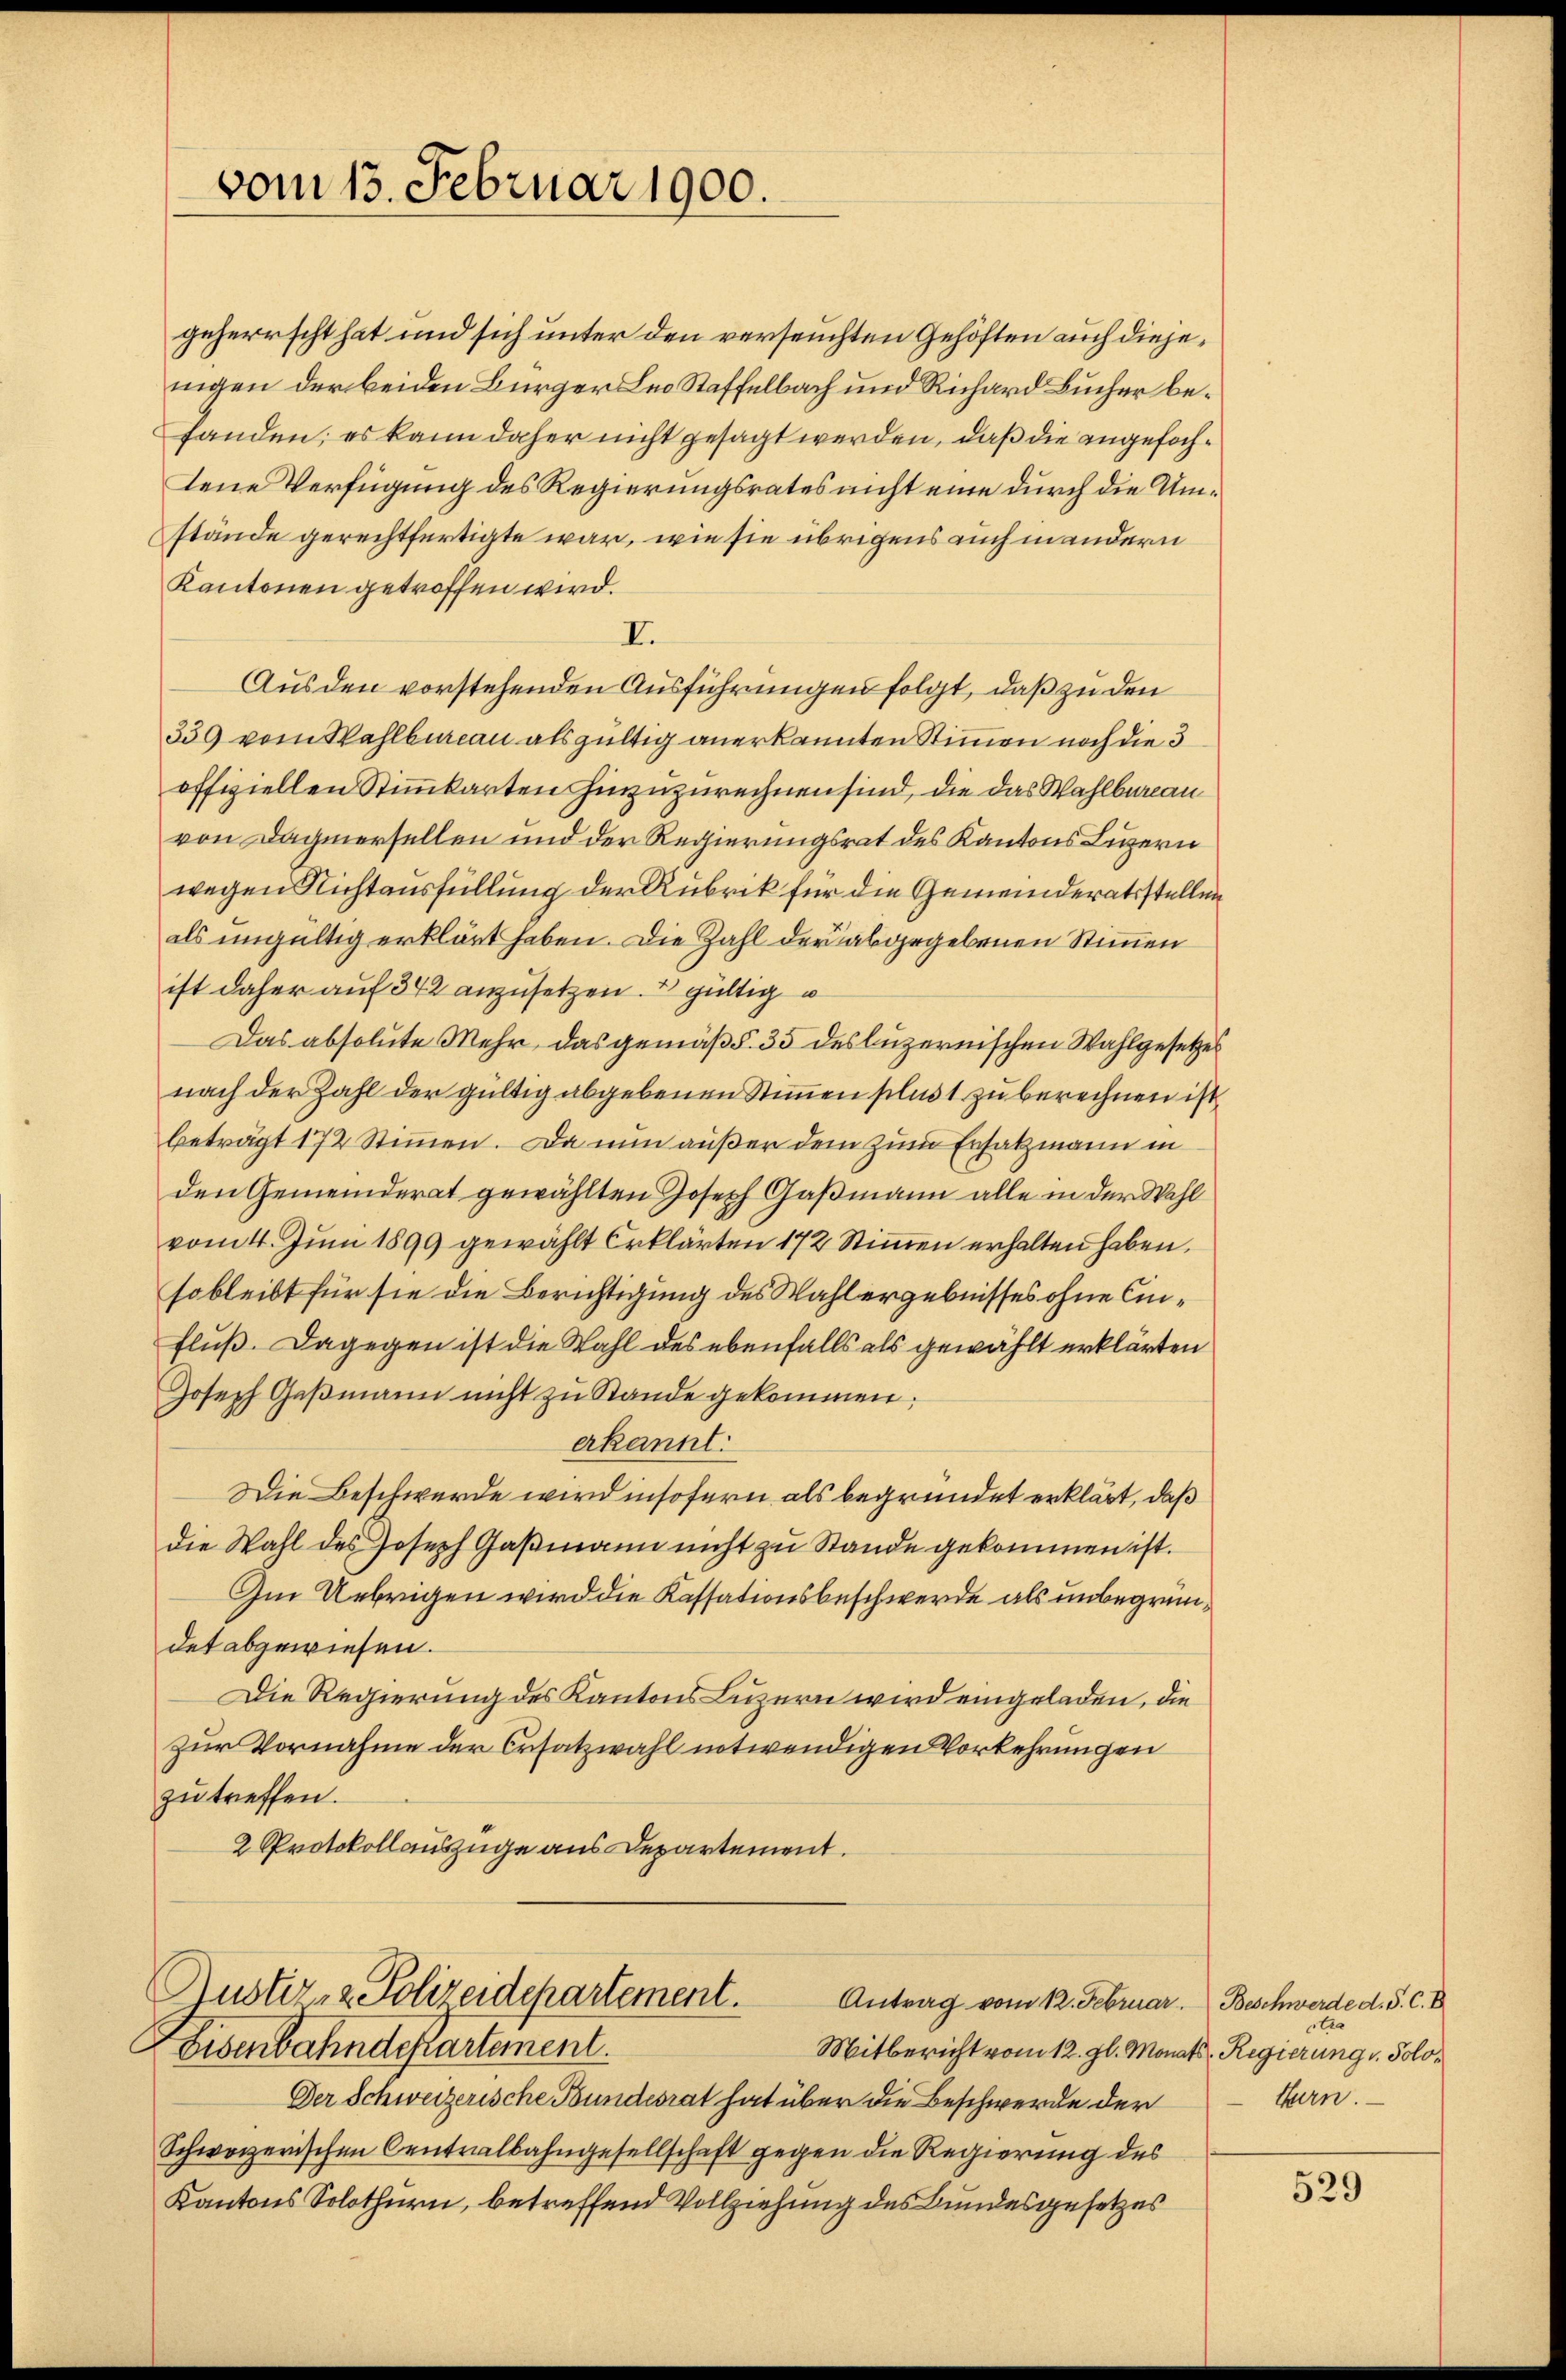
vom 13. Februar 1900.

geherrscht hat und sich unter den verseuchten Gehöften auch diejenigen der beiden Bürger Leo Staffelbach und Richard Bucher befanden; es kann daher nicht gesagt werden, daß die angefochtene Verfügung des Regierungsrates nicht eine durch die Umstände gerechtfertigte war, wie sie übrigens auch inandern
Kantonen getroffen wird.
I.
Ausden vorstehenden Ausführungen folgt, daß zu den
339 vom Wahlbureau als gültig anerkannten Stimmen noch die 3
offiziellen Stimmkarten hinzuzurechnen sind, die das Wahlbureau
von Dagnersellen und der Regierungsrat des Kantons Luzern
wegen Nichtausfüllung der Rubrik für die Gemeinderatsstellun
als ungültig erklärt haben. Die Zahl der abgegebenen Stimmen
ist daher auf 342 anzusetzen. 2 gültig
Das absolute Mehr, das gemäß §. 35 des luzernischen Wahlgesetzes
nach der Zahl der gültig abgebenen Stimmen plust zu berechnen ist
beträgt 172 Stimmen. Da nun außer dem zum Ersatzmann in
den Gemeinderat gewählten Joseph Gaßmann alle in der Wahl
vom 4. Juni 1899 gewählt Erklärten 172 Stimmen erhalten haben,
so bleibt für sie die Berichtigung des Wahlergebnisses ohne Ein¬
Fluß. Dagegen ist die Wahl des ebenfalls als gewählt erklärten
Joseph Gaβmann nicht zu Stande gekommen;
erkannt:
Die Beschwerde wird insofern als begründet erklärt, daß
die Wahl des Joseph Gaßmann nicht zu Stande gekommen ist.
Im Uebrigen wird die Kassationsbeschwerde als unbegründet abgewiesen.
Die Regierung des Kantons Luzern wird eingeladen, die
zur Vornahme der Ersatzwahl notwendigen Vorkehrungen
zu treffen.
2 Protokollauszüge aus Departement.
Rustiz- & Polizeidepartement.
Antrag vom 12. Februar. Beschwerde d. S. C. B
Eisenbahndepartement.
Mitbericht vom 12. gl. Monats Regierung v. Solo¬
Der Schweizerische Bundesrat hat über die Beschwerde der kan.
Schweizerischen Centralbahngesellschaft gegen die Regierung des
Kantons Solothurn, betreffend Vollziehung des Bundesgesetzes

tra

529